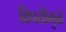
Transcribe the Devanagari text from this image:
विपत्तीमुळे